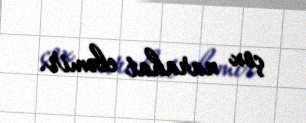
çox narahat eləmir.